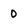
Character: 0